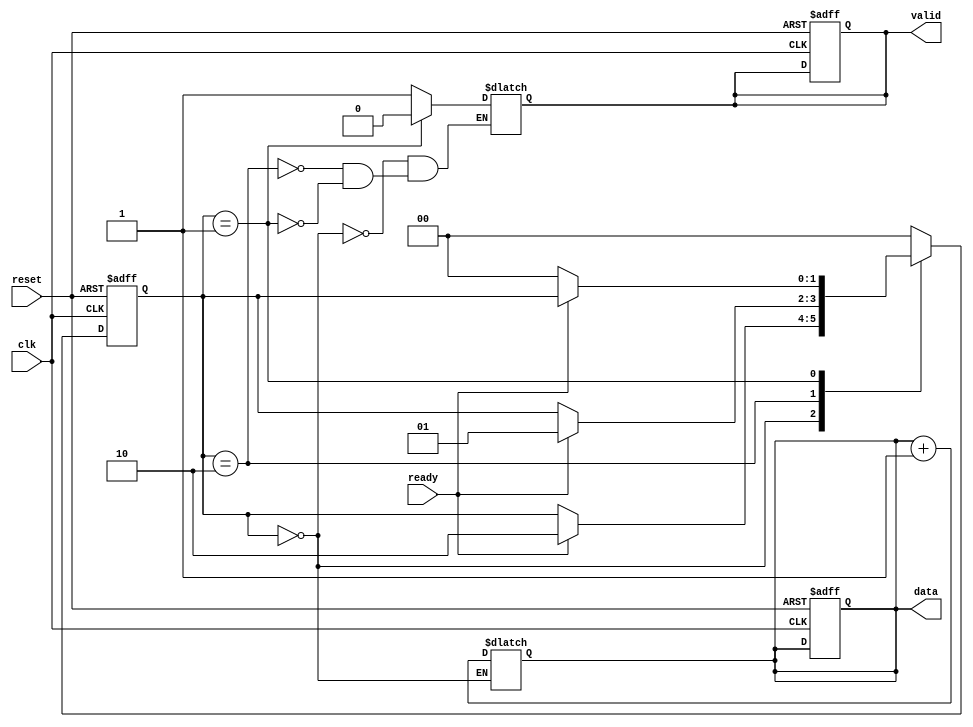
module producer (
    input wire clk,
    input wire reset,
    output reg valid,
    output reg [7:0] data, // Example data width
    input wire ready
);
    // Internal state
    parameter IDLE = 2'b00, WAIT_ACK = 2'b01, SEND_DATA = 2'b10;
    reg [1:0] state, next_state;

    always @(posedge clk or posedge reset) begin
        if (reset) begin
            state <= IDLE;
            valid <= 0;
            data <= 0;
        end else begin
            state <= next_state;
        end
    end

    always @(*) begin
        // Default next state
        next_state = state;

        case (state)
            IDLE: begin
                // Prepare new data and assert valid if consumer is ready
                data = data + 1; // Example data generation
                valid = 1; // Assert valid when new data is ready
                if (ready) begin
                    next_state = SEND_DATA; // Move to sending data if ready
                end
            end
            SEND_DATA: begin
                valid = 1; // Send data while valid is asserted
                if (ready) begin
                    next_state = WAIT_ACK; // Wait for acknowledgment
                end
            end
            WAIT_ACK: begin
                valid = 0; // Deassert valid after sending
                if (!ready) begin
                    next_state = IDLE; // Go back to idle if not ready
                end
            end
            default: next_state = IDLE;
        endcase
    end
endmodule